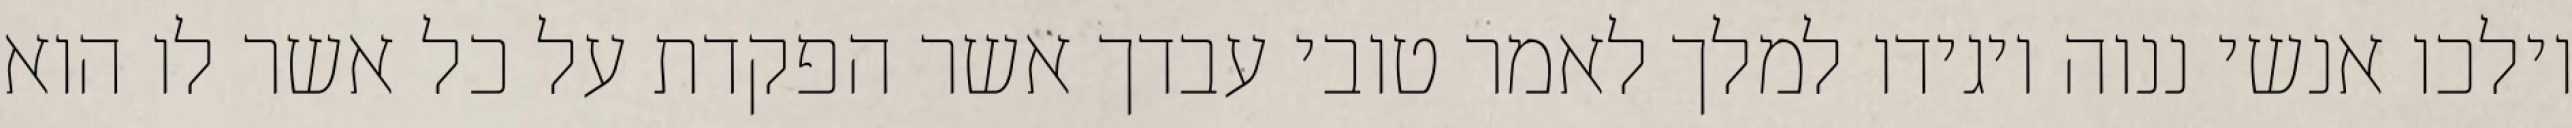
וילכו אנשי ננוה ויגידו למלך לאמר טובי עבדך אשר הפקדת על כל אשר לו הוא